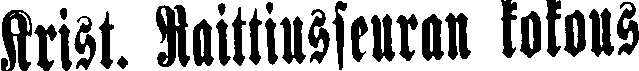
Krist. Raittiusseuran kokous